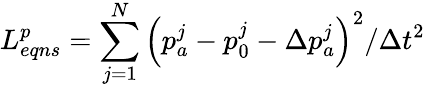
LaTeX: L_{eqns}^{p}=\sum_{j=1}^{N}{{{\left({{p}_{a}^{j}}-{{p}_{0}^{j}}-\Delta{{p}_{a}^{j}}\right)}^{2}}/\Delta{{t}^{2}}}